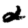
Digit: 2